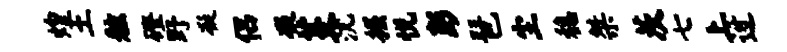
煌土舷磴野凝侣凝芟沆掘悦彭琶尘稳桀茨七上迓